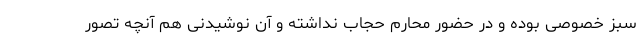
سبز خصوصی بوده و در حضور محارم حجاب نداشته و آن نوشیدنی هم آنچه تصور